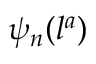
\psi _ { n } ( l ^ { a } )